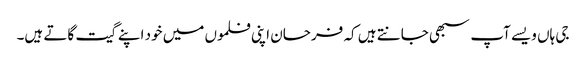
جی ہاں ویسے آپ سبھی جانتے ہیں کہ فرحان اپنی فلموں میں خود اپنے گیت گاتے ہیں۔